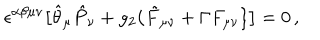
LaTeX: \epsilon ^ { \alpha \beta \mu \nu } \big [ \hat { \theta } _ { \mu } \hat { P } _ { \nu } + { \it g _ { 2 } } \{ \tilde { F } _ { \mu \nu } + \Gamma F _ { \mu \nu } \} \big ] = 0 \, ,